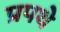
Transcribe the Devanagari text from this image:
प्रपथे